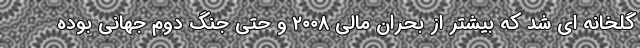
گلخانه ای شد که بیشتر از بحران مالی ۲۰۰۸ و حتی جنگ دوم جهانی بوده